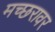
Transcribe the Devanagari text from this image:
मच्छरावर